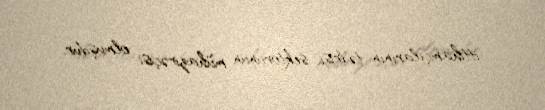
ittihamçılarının tədrisi sektorunun mühazirəçisi olmuşdur.